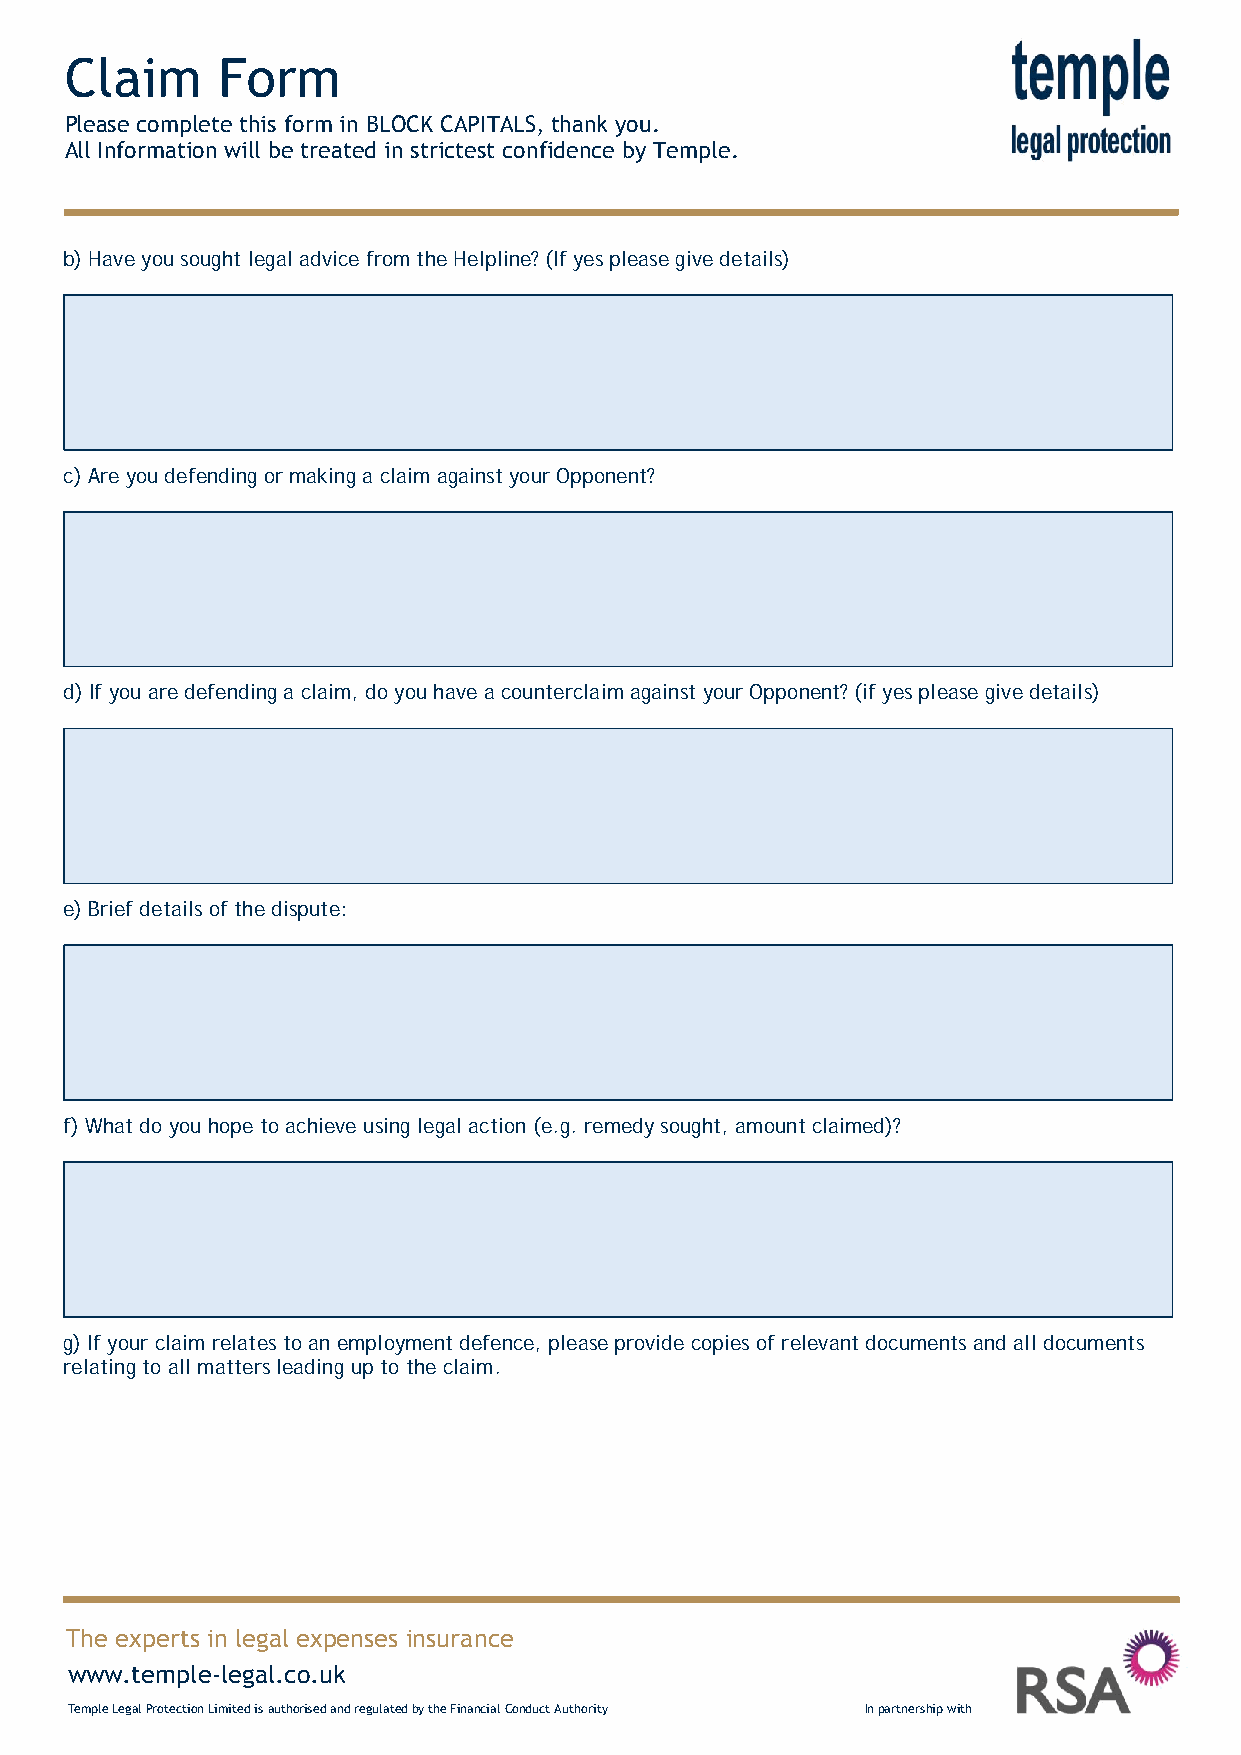
Claim     Form
 Please complete this form in BLOCK CAPITALS, thank you.
 All Information will be treated in strictest confidence by Temple.
 b)Have you sought legal advice from the Helpline? (If yes please give details)
 c)Are you defending or making a claim against your Opponent?
 d)If you are defending a claim, do you have a counterclaim against your Opponent? (if yes please give details)
 e)Brief details of the dispute:
 f)What do you hope to achieve using legal action (e.g. remedy sought, amount claimed)?
 g)If your claim relates to an employment defence, please provide copies of relevant documents and all documents
 relating to all matters leading up to the claim.
 The experts in legal expenses insurance
 www.temple-legal.co.uk
 Temple Legal Protection Limited is authorised and regulated by the Financial Conduct Authority In partnership with